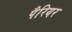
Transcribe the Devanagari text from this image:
पैरियर